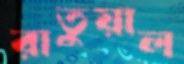
রাতুয়াল